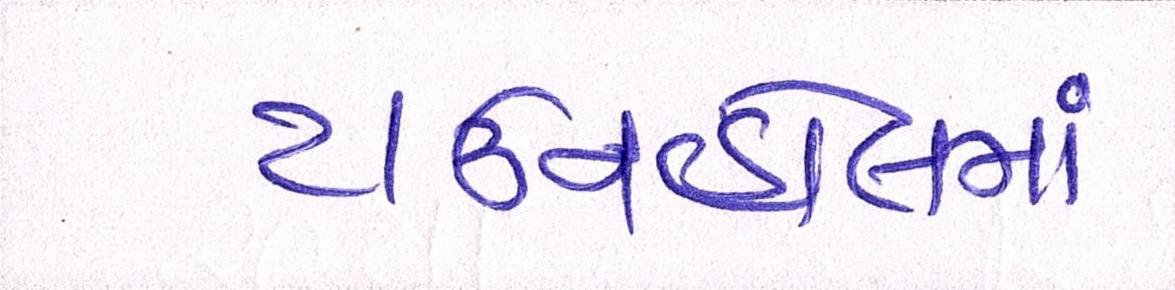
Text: ટાઉનહોલમાં